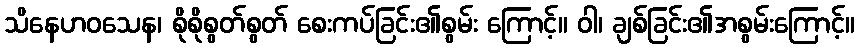
သိနေဟဝသေန၊ စိုစိုစွတ်စွတ် စေးကပ်ခြင်း၏စွမ်း ကြောင့်။ ဝါ၊ ချစ်ခြင်း၏အစွမ်းကြောင့်။